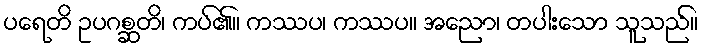
ပရေတိ ဥပဂစ္ဆတိ၊ ကပ်၏။ ကဿပ၊ ကဿပ။ အညော၊ တပါးသော သူသည်။